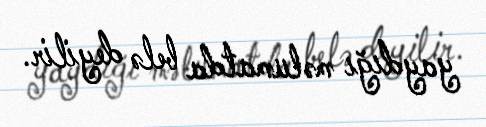
yaydığı məlumatda belə deyilir.